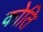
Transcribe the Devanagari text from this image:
कोति